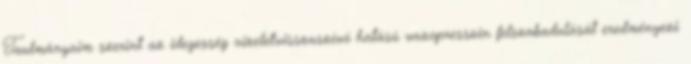
Taulmányaim szerint az idegesség vizeletvisszaszívó hatású vazopresszin felszabadulását eredményezi.